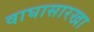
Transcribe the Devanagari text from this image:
वाघासारखा